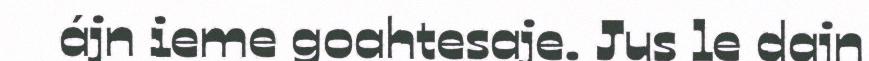
ájn ieme goahtesaje. Jus le dajn